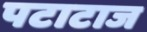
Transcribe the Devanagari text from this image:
पटाटाज